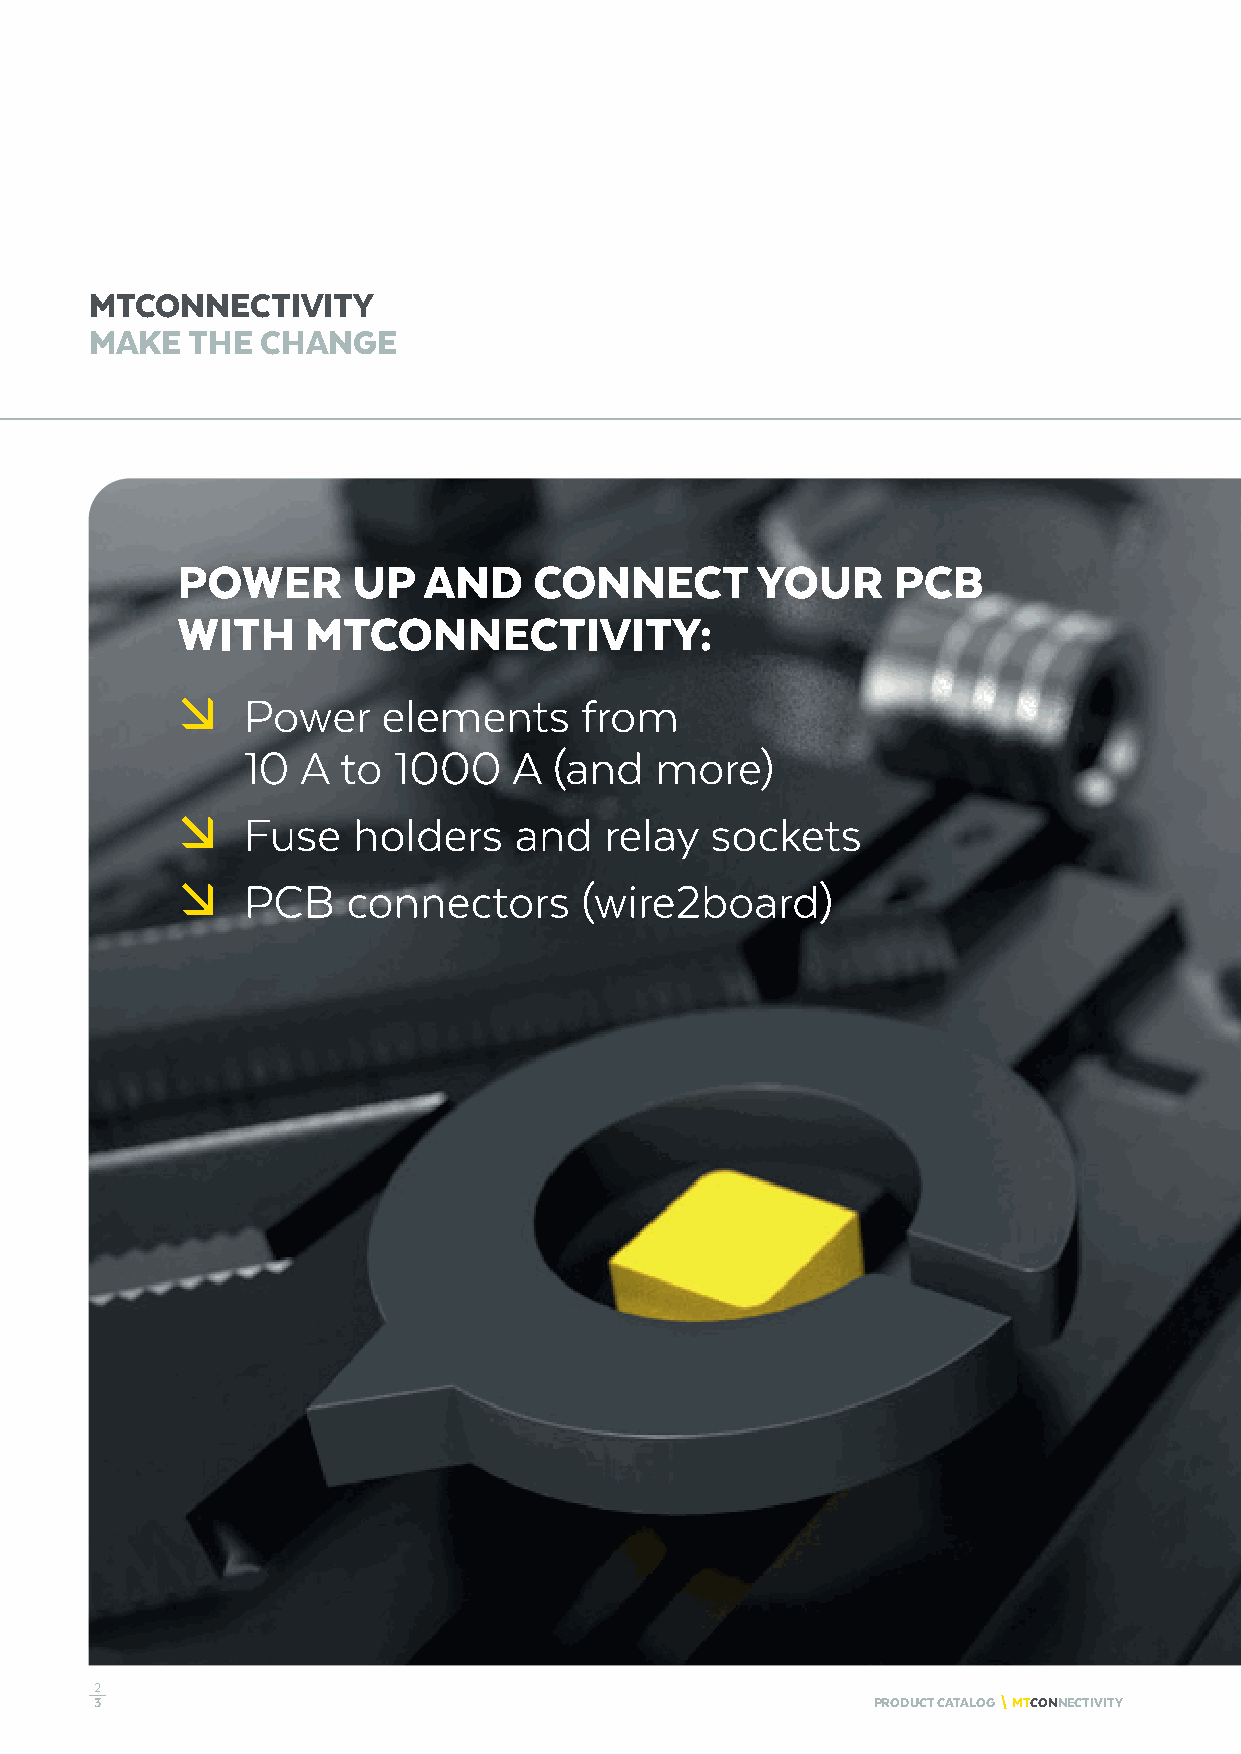
MTCONNECTIVITY
 MAKE  THE  CHANGE
 POWER      UP   AND    CONNECT        YOUR     PCB
 WITH    MTCONNECTIVITY:
 æ   Power    elements     from
 10  A  to 1000    A  (and  more)
 æ   Fuse   holders    and   relay  sockets
 æ   PCB    connectors     (wire2board)
 2
 3                                                   PRODUCT CATALOG \ MTCONNECTIVITY